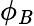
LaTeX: \phi_{\mathit{B}}